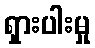
ရှားပါးမှု